38_143685_box_Incident_Summaries_101-172
Agency: Department of War
Page 95
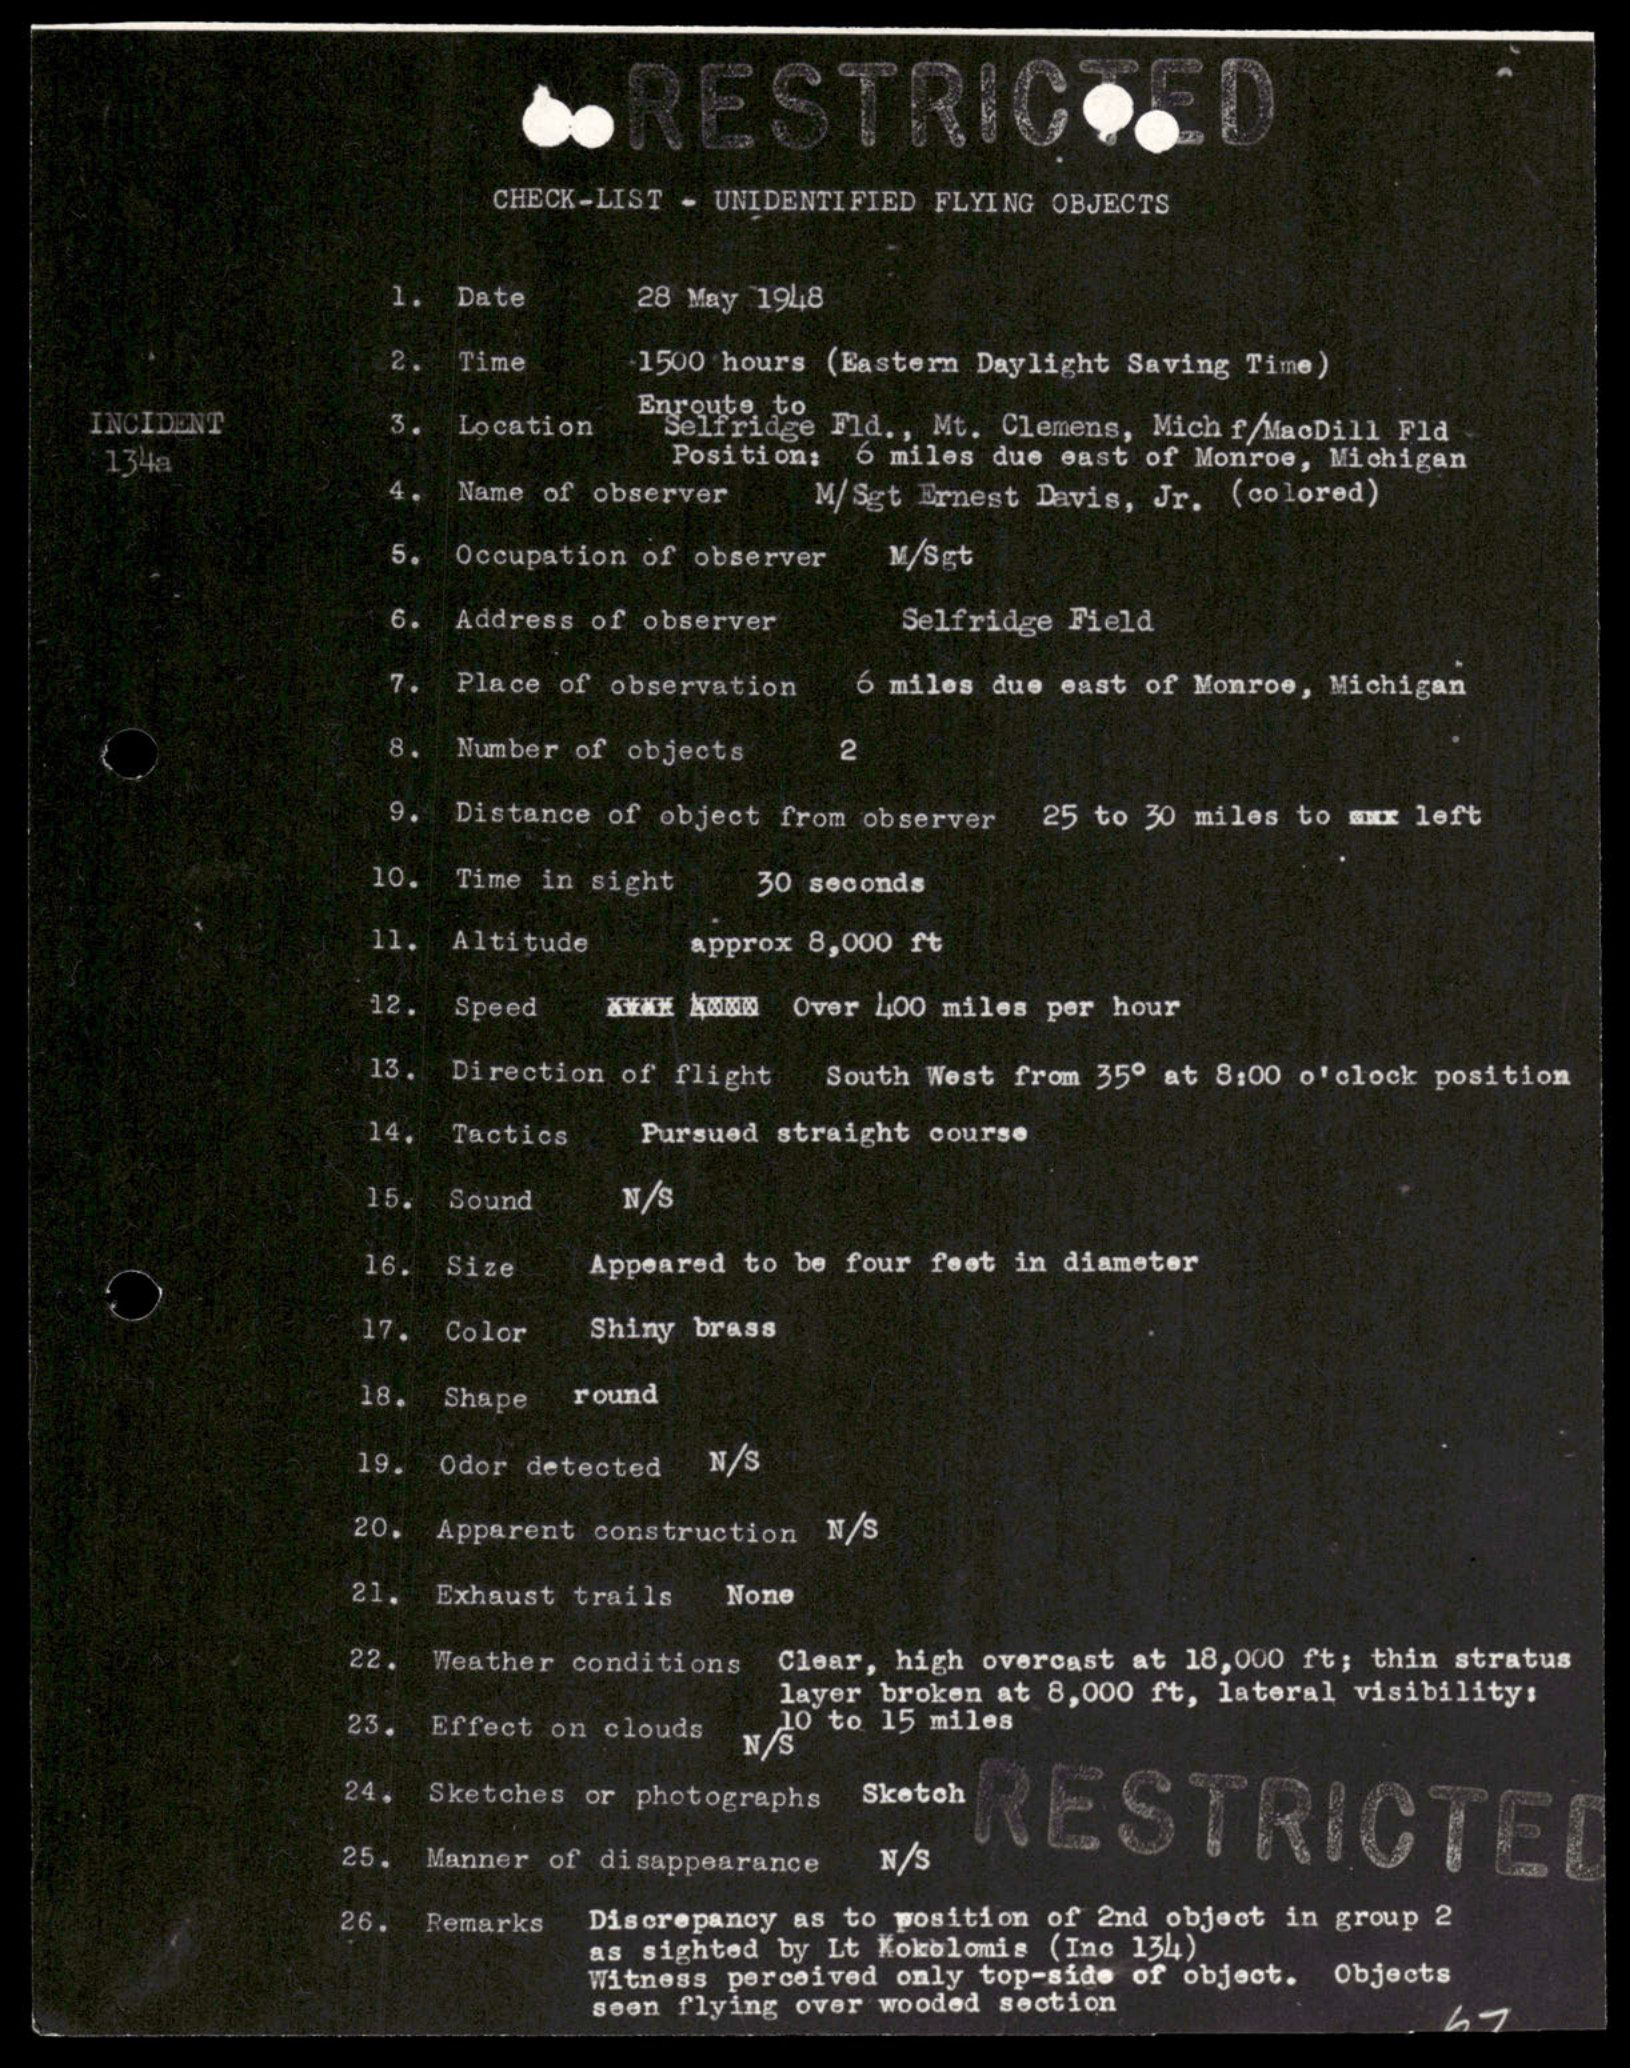